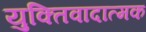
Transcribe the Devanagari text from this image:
युक्तिवादात्मक